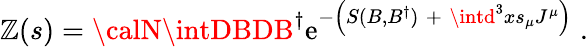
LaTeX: {\cal\mathbb{Z}}(s)={\calN}\intDBDB^{\dagger}\mathrm{e}^{-\left(S(B,B^{\dagger})\; +\; \intd^{3}xs_{\mu}J^{\mu}\right)\; }.